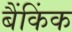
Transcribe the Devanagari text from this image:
बैंकिंक